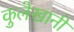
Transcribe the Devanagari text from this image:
कुलेखानी